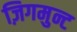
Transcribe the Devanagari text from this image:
ज़िगमुन्ट